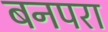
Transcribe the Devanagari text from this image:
बनपरा